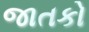
જાતકો